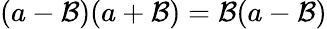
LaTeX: (a-\mathcal{B})(a+\mathcal{B})=\mathcal{B}(a-\mathcal{B})